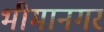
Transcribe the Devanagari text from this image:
भीमानगर